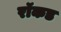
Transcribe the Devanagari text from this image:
रॉकड